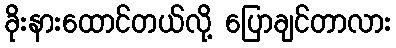
ခိုးနားထောင်တယ်လို့ ပြောချင်တာလား